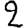
Digit: 2